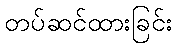
တပ်ဆင်ထားခြင်း